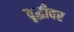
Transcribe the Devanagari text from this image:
वृद्धीवर